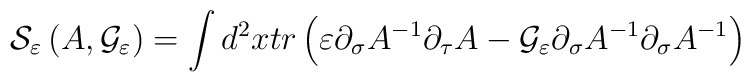
{\cal S}_{\varepsilon}\left(A , {\cal G}_\varepsilon\right)=\int d^2x tr\left(\varepsilon \partial_\sigma A^{-1}\partial_\tau A -{\cal G}_\varepsilon \partial_\sigma A^{-1}\partial_\sigma A^{-1}\right)